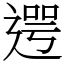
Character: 遌